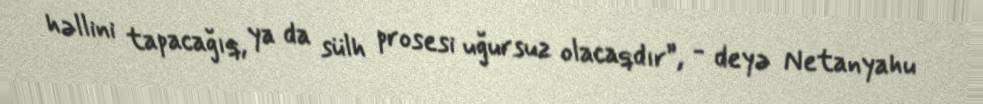
həllini tapacağıq, ya da sülh prosesi uğursuz olacaqdır”, - deyə Netanyahu